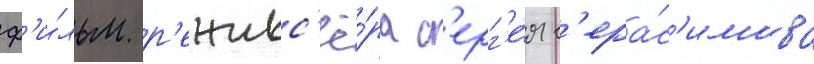
ф'и́льм р'ежисс'ё́ра с'ерг'е́я г'ера́с'имова